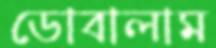
ডোবালাম